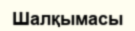
Шалқымасы